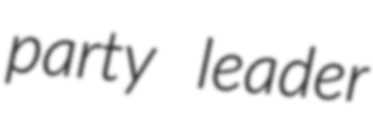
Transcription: party leader